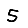
Digit: 5